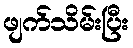
ဖျက်သိမ်းပြီး